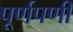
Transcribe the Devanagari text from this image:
पूर्णपणी